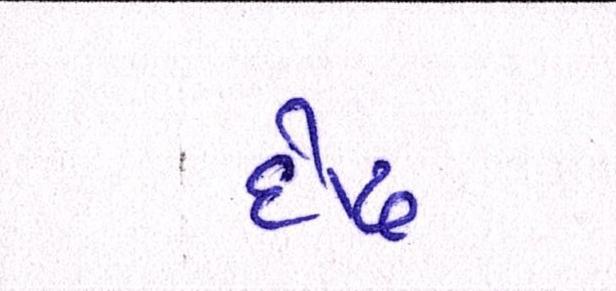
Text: દોઢ